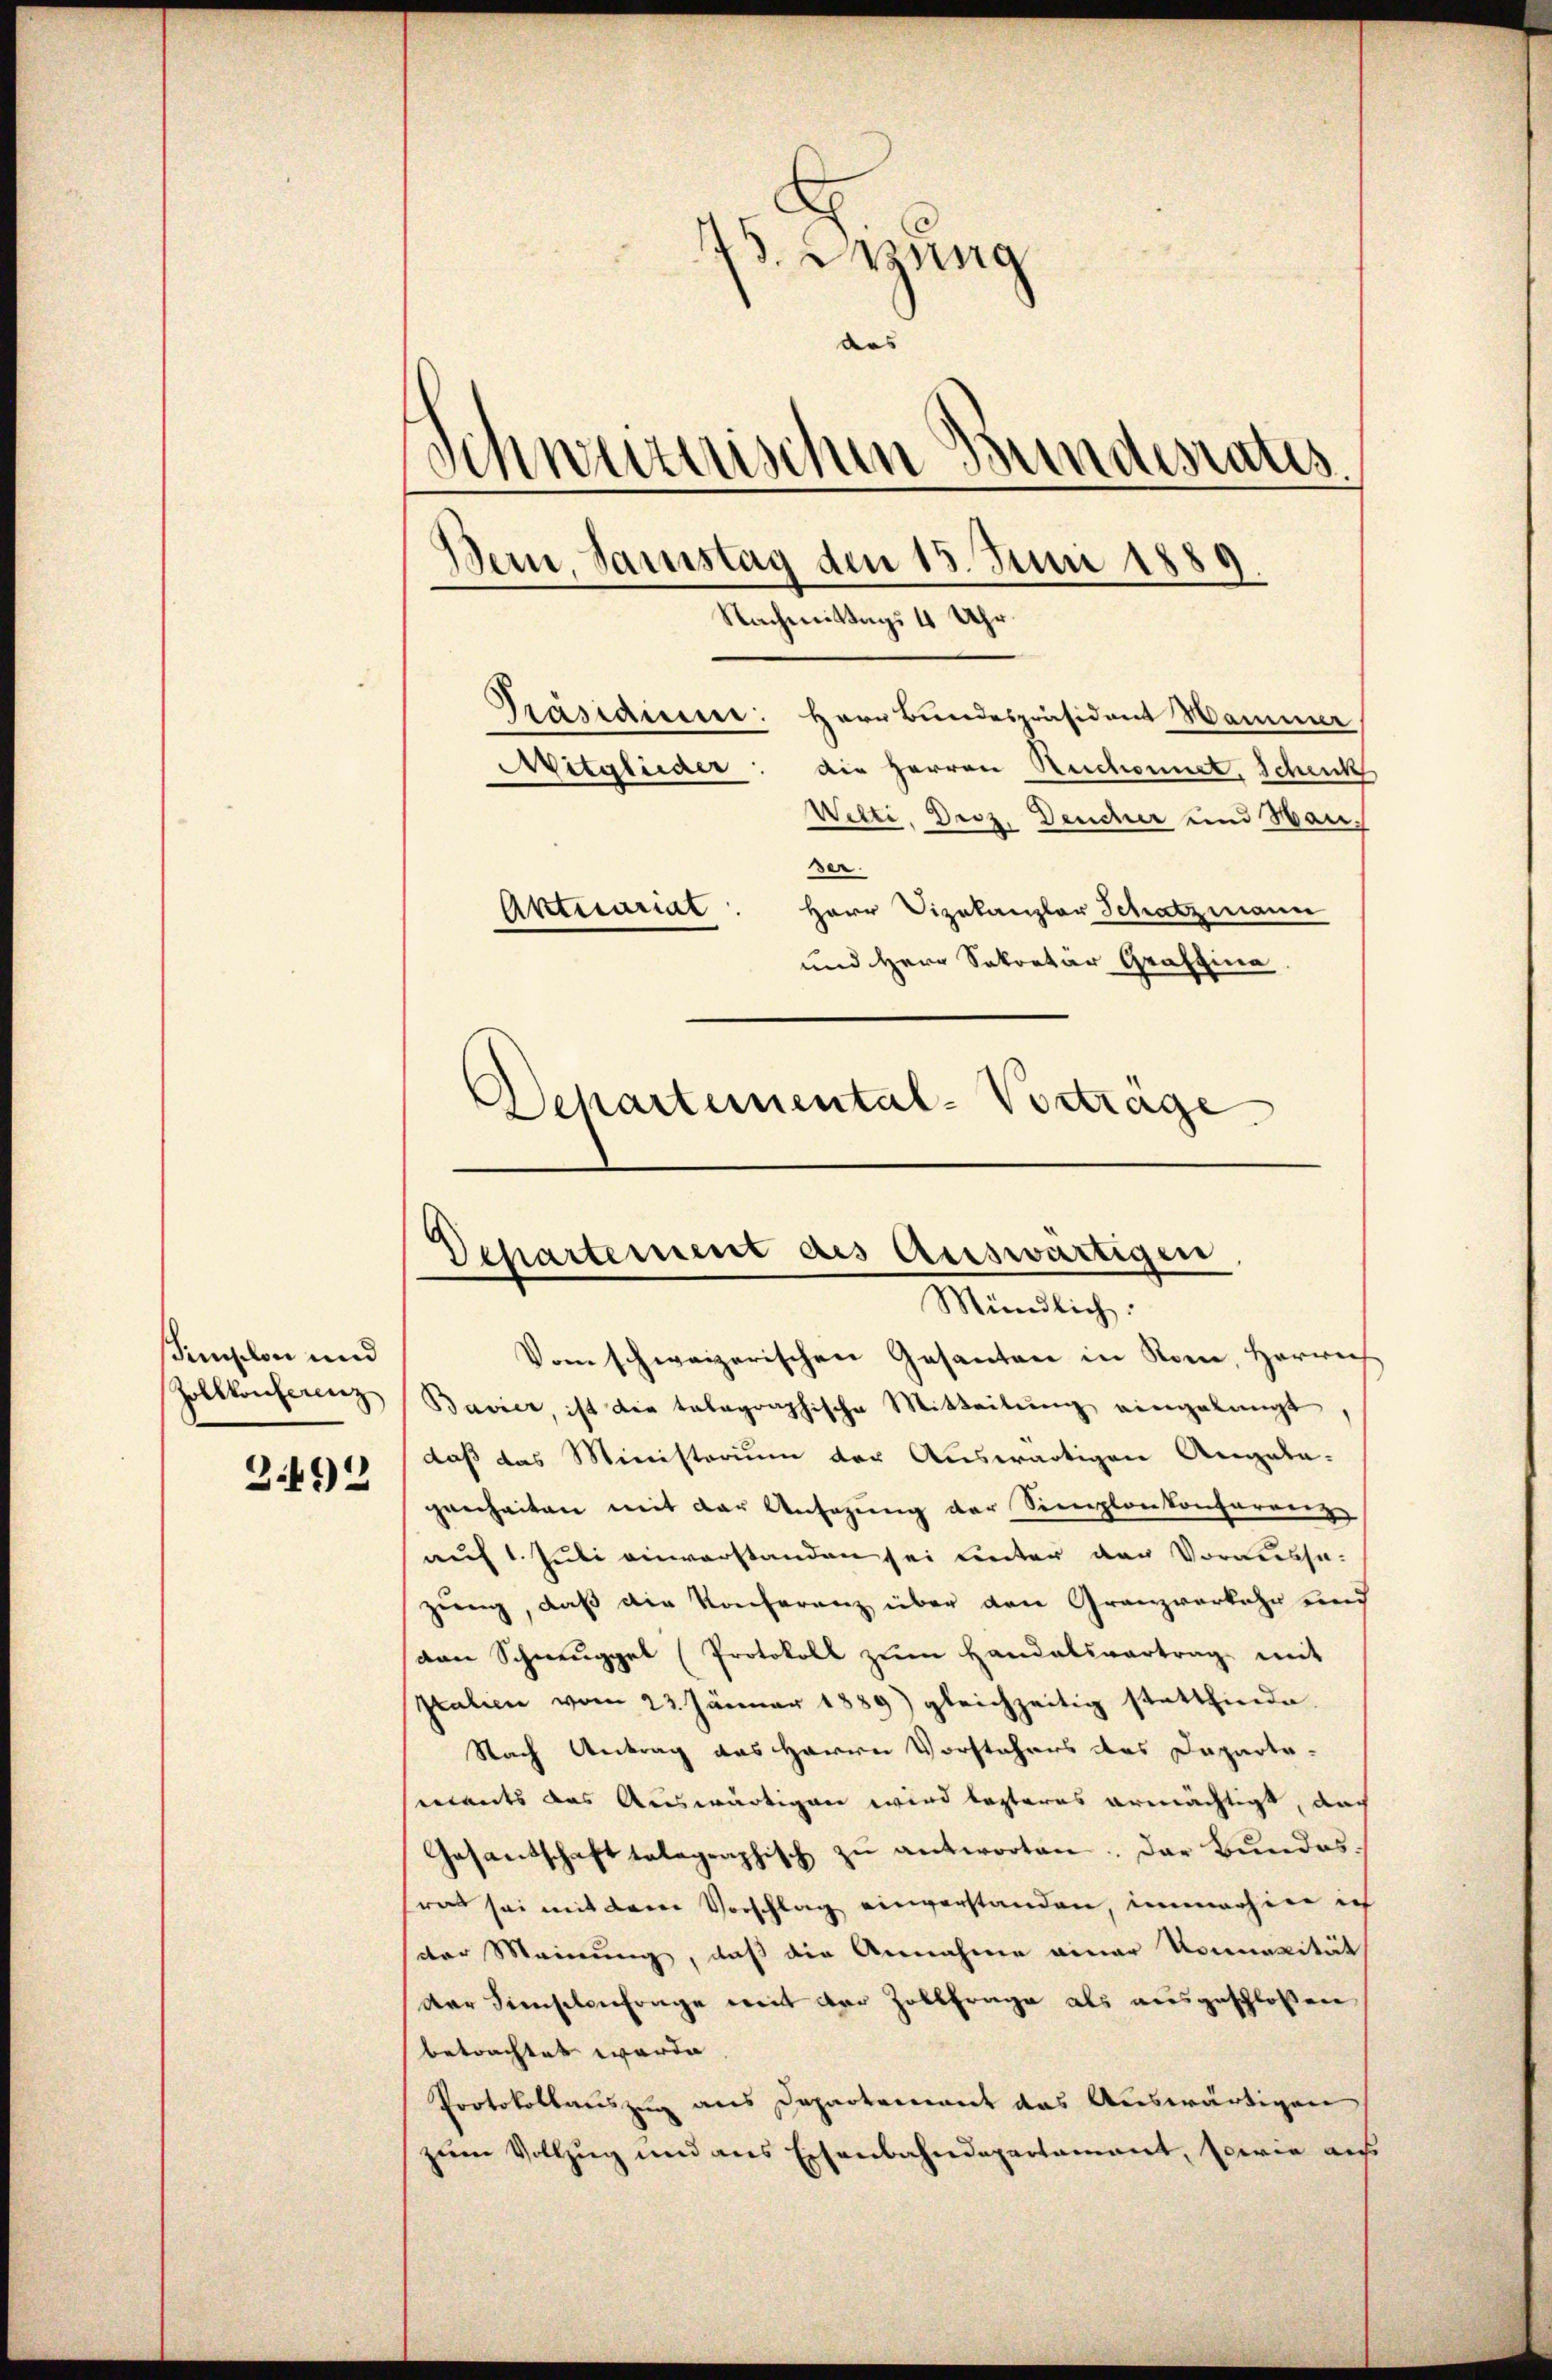
semplon und
2.492

75. Jung
des
Schweizerischen Bundesratis
Präsidium: Herr Bundespräsident Hammer
Die Herren Reichonnet, Schenk
Mitglieder
Welti, Droz. Deucher und Waner.
Herr Vizekanzler Schatzmann
Aktuariat
und Herr Sekretär Graffina
Schartemental-Vortrage

Departement des Auswärtigen
Mündlich:
Vom schweizerischen Gesanten in Rom, Herrich

Bern, Samstag den 15. Juni 1889.
Nachmittags 4 Uhr.

Zolkkonferenz Bavier, ist die talagraphische Mitteilŭng eingelangt,
daß das Ministerium der Auswärtigen Angela-
genheiten mit der Ansezung der Simplon konferenz
auf 1. Juli einverstanden sei unter der Vorausse-
zung, daß die Konferenz über den Granzverkehr und
den Schmuggel (Protokoll zum Handelsvertrag mit
Italien vom 23. Jänner 1889) gleichzeitig stattfinde.
Nach Antrag das Herrn Vorstehers des Daparte-
seents das Auswärtigen wird lezteres ermächtigt, das
Gesandschaft telegraphisch zu antworten. Das Bundesrat sei mit dem Vorschlag einverstanden, immerhine ich
der Meinung, daß die Annahme einer Kornacität
der dieselenfrage weit der Zollfrage als ausgeschloßen
betrachtet werde. |
Protokollauszug aus Departement das Auswärtigen
zum Vollzug und aus Eisenbahndepartament, sowie aus